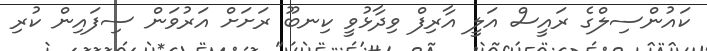
ކައުންސިލްގެ ރައީސް އަލީ އާރިފް ވިދާޅުވީ ކިނބޫ ރަށަށް އަރުވަން ސިފައިން ކުރި